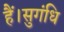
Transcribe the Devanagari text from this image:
हैं।सुगंधि